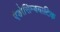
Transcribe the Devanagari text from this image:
एंडोसिम्बयाटिक